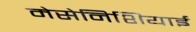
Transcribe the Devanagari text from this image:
मेसेनिशियाई